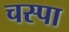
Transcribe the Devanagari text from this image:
चस्‍पा